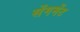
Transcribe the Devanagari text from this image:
सेंगमेंट